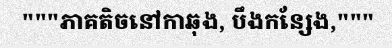
"""ភាគតិចនៅកាឆុង, បឹងកន្សែង,"""